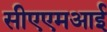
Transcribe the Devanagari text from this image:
सीएएमआई